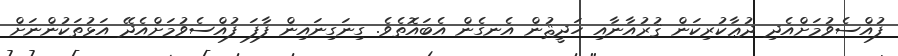
ފުއްސެވުމަށްއެދި ދުޢާކުރިކަން ޤުރުއާނާއި ހަދީޘުން އެނގެން އެބައޮތެވެ. ގިނަގިނައިން ފާފަ ފުއްސެވުމަށްއެދޭ އަޅުތަކުންނަށް